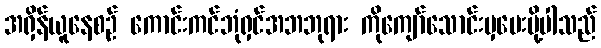
အရှိန်ယူနေစဉ် ကောင်းကင်ဘုံရှင်အဘဘုရား ကိုကျော်သောင်းမှပေးပို့ပါသည်